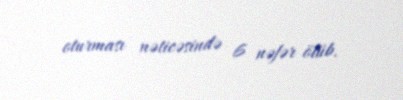
oturması nəticəsində 6 nəfər ölüb.